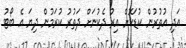
އަދި އުތުރުން ކުޑަކޮށް އިރު ދެކުނަށް ދަތުރު ކުރަމުން ދިޔަ އެ ބޯޓު